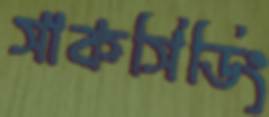
সাকসিডিং